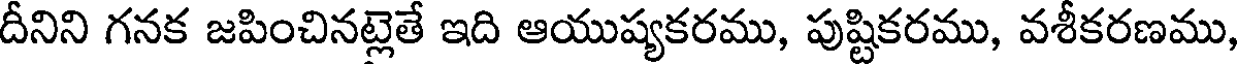
దీనిని గనక జపించినట్లెతే ఇది ఆయుష్యకరము, పుష్టికరము, వశీకరణము,